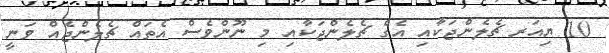
10 ޔިއަރ ޗެލެންޖަކާއި އެގް ޗެލެންޖަކާއި މި ނޫންވެސް އެތައް ޗެލެންޖެއް ވަނީ